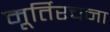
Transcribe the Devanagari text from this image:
मूर्तिरचना